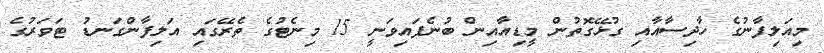
މިއަލިފާނުގެ ހާދިސާއާއި ގުޅޭގޮތުން މީޑިއާއިން ބުނެފައިވަނީ 15 މިނެޓުގެ ތެރޭގައި އަލިފާންގަނޑު ޓަވަރުގެ